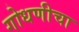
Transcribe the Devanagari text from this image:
गोधणीचा